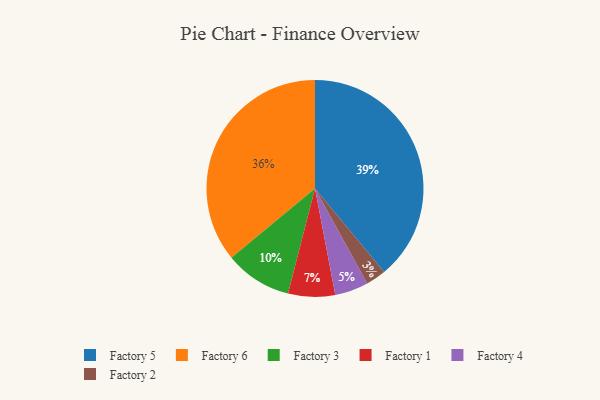
{"axis": {"x": "Category", "y": "Percentage"}, "legend": ["Factory 1", "Factory 2", "Factory 3", "Factory 4", "Factory 5", "Factory 6"], "data": [{"x": "Factory 1", "y": 7, "type": "Factory 1"}, {"x": "Factory 2", "y": 3, "type": "Factory 2"}, {"x": "Factory 3", "y": 10, "type": "Factory 3"}, {"x": "Factory 5", "y": 39, "type": "Factory 5"}, {"x": "Factory 6", "y": 36, "type": "Factory 6"}, {"x": "Factory 4", "y": 5, "type": "Factory 4"}]}